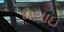
ઘસાઇ